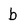
Character: b